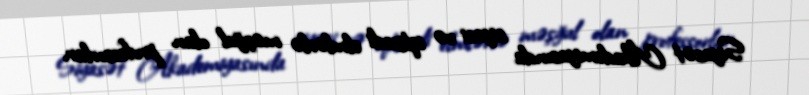
Siyasət Akademiyasında siyasi və iqtisadi elmlərlə məşğul olan professorlar,